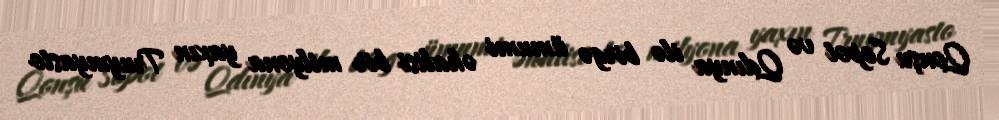
Qonşu Sopot və Qdınya ilə birgə ümumi əhalisi bir milyona yaxın Truymyasto